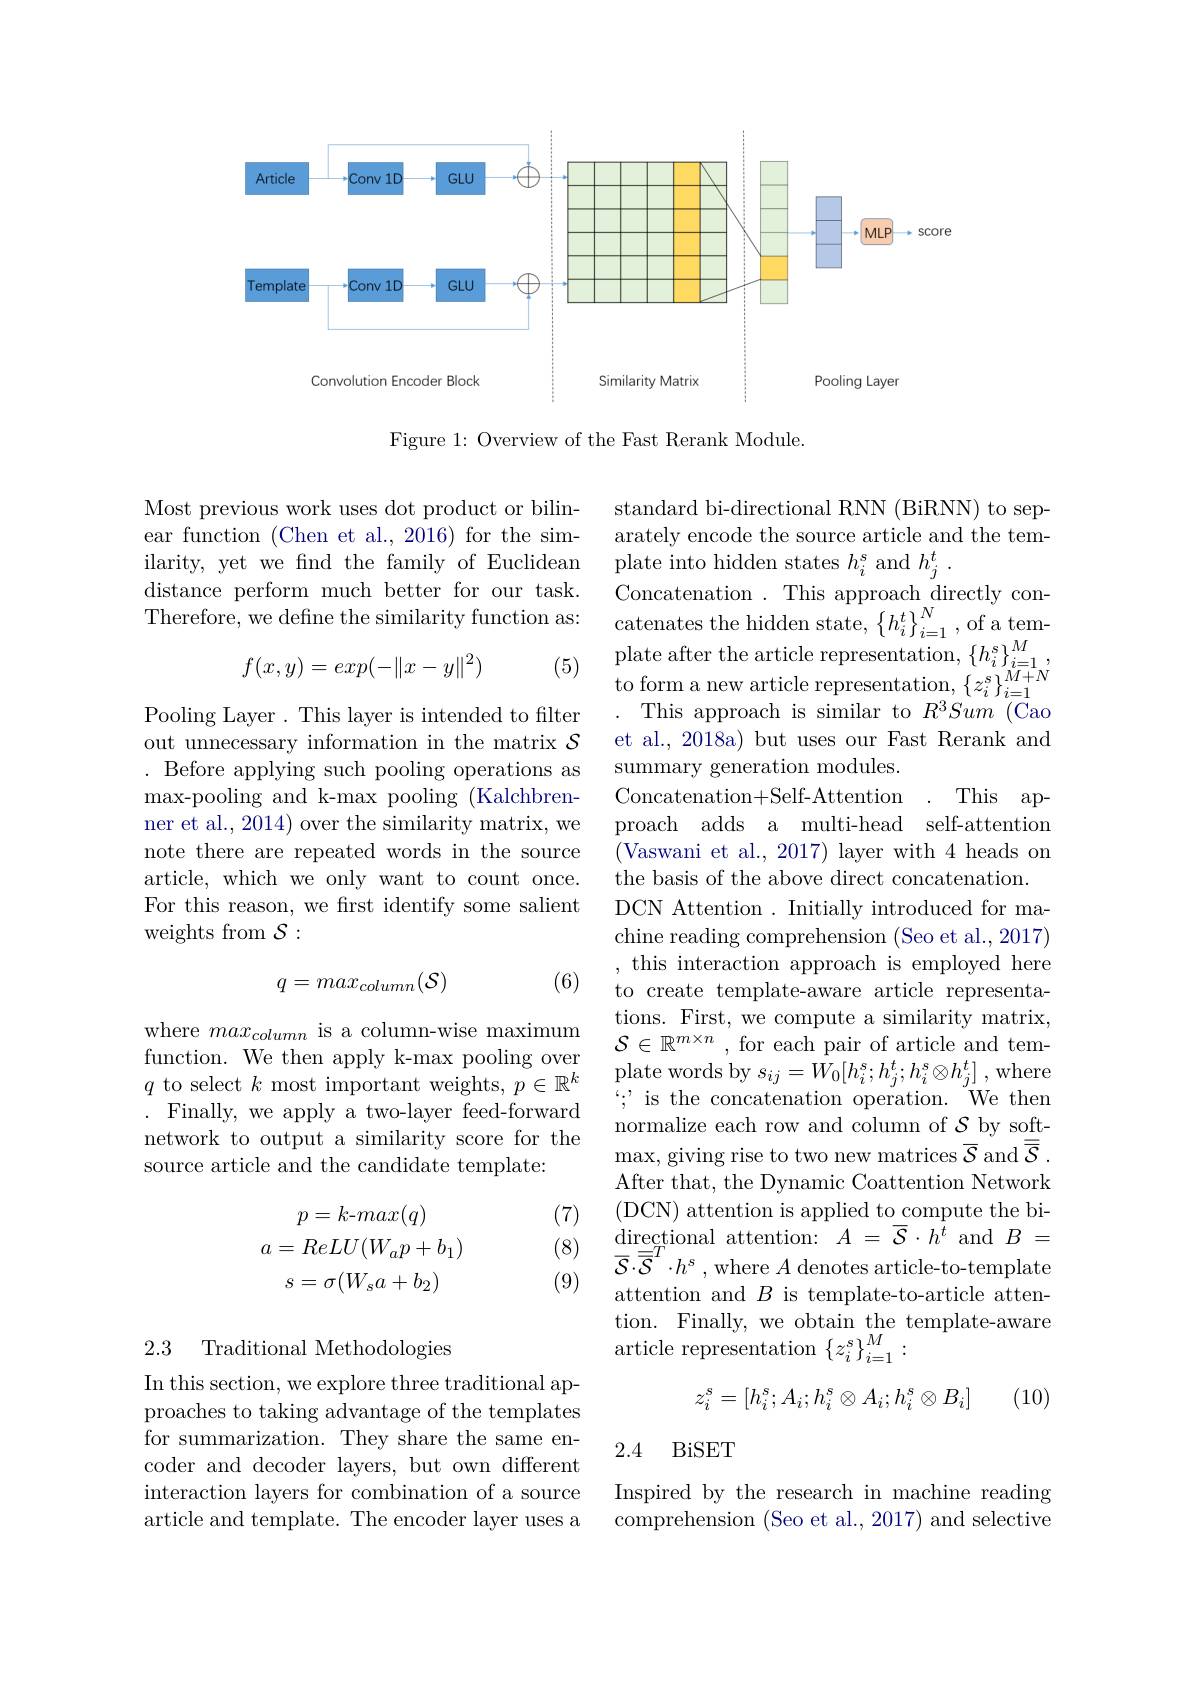
<FigureHere>

Figure 1: Overview of the Fast Rerank Module.

Most previous work uses dot product or bilinear function (Chen et al., 2016) for the similarity, yet we find the family of Euclidean distance perform much better for our task. Therefore, we define the similarity function as:

(5)
$$f(x,y)=exp(-\|x-y\|^2)$$
Pooling Layer. This layer is intended to filter out unnecessary information in the matrix $\mathcal{S}$ Before applying such pooling operations as max-pooling and k-max pooling (Kalchbrenner et al., 2014) over the similarity matrix, we note there are repeated words in the source article, which we only want to count once. For this reason, we first identify some salient weights from $\mathcal{S}:$

standard bi-directional RNN (BiRNN) to separately encode the source article and the tem- $\begin{array}{l}{\mathrm{plate~into~hidden~states~}}h_{i}^{s}\mathrm{~and~}h_{j}^{t}\end{array}.$
Concatenation . This approach directly concatenates the hidden state, $\left\{h_{i}^{t}\right\}_{i=1}^{N}$, of a template after the article representation, $\{h_i^s\}_{i=1}^M$, $\begin{array}{c}{\mathrm{to~form~a~new~article~representation,~\{z_{i}^{s}\}_{i=1}^{M+N}}}\\{\mathrm{Tri~}}\end{array}$
This approach is similar to $R^3Sum$ (Cao et al., 2018a) but uses our Fast Rerank and summary generation modules. Concatenation+Self-Attention
This ap-
proach adds a multi-head self-attention (Vaswani et al., 2017) layer with 4 heads on the basis of the above direct concatenation. DCN Attention . Initially introduced for machine reading comprehension (Seo et al., 2017) , this interaction approach is employed here to create template-aware article representations. First, we compute a similarity matrix, $\mathcal{S}\in\mathbb{R}^{m\times n}$ , for each pair of article and tem- $\begin{array}{l}{\mathrm{plate~words~by~}s_{ij}=W_{0}[h_{i}^{s};h_{j}^{t};h_{i}^{s}\otimes h_{j}^{t}]~,~\mathrm{where}}\\\end{array}$ $\because$ is the concatenation operation. We then normalize each row and column of $\mathcal{S}$ by soft- $\operatorname*{max,~giving~rise~to~two~new~matrices~}\overline{\mathcal{S}}$ and$\overline{\mathcal{S}}.$ After that, the Dynamic Coattention Network ( DCN) attention is applied to compute the bi- $\operatorname*{directional}_{-T}$attention:$A=\overline{\mathcal{S}}\cdot h^{t}$and$B=$ $\overline {\mathcal{S} }\cdot \overline {\overline {\mathcal{S} }}^{T}\cdot h^{s}$ ,where $A$ denotes article-to-template attention and $B$ is template-to-article attention. Finally, we obtain the template-aware $\begin{array}{ll}{\mathrm{article~representation~}\{z_{i}^{s}\}_{i=1}^{M}:}\\\end{array}$

(6)
$$q=max_{column}(\mathcal{S})$$
where $max_{column}$ is a column-wise maximum function. We then apply k-max pooling over $q$ to select $k$ most important weights, $p\in\mathbb{R}^k$ . Finally, we apply a two-layer feed-forward network to output a similarity score for the source article and the candidate template:

(7)

(8)
$$\begin{aligned}p&=k\text{-}max(q)\\a&=ReLU(W_ap+b_1)\\s&=\sigma(W_sa+b_2)\end{aligned}$$
(9)

2.3 Traditional Methodologies

(10)
$$z_i^s=[h_i^s;A_i;h_i^s\otimes A_i;h_i^s\otimes B_i]$$
### 2.4 BiSET

In this section, we explore three traditional approaches to taking advantage of the templates for summarization. They share the same encoder and decoder layers, but own different interaction layers for combination of a source article and template. The encoder layer uses a

Inspired by the research in machine reading comprehension (Seo et al., 2017) and selective